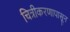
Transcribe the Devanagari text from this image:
चित्रीकरणापासून